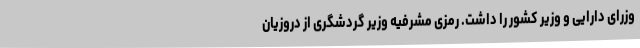
وزرای دارایی و وزیر کشور را داشت. رمزی مشرفیه وزیر گردشگری از دروزیان